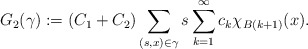
\begin{align*}G_2(\gamma):=(C_1+C_2)\sum_{(s,x)\in\gamma}s\sum_{k=1}^\infty c_k\chi_{B(k+1)}(x).\end{align*}